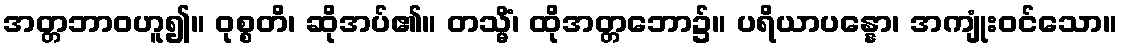
အတ္တဘာဝဟူ၍။ ဝုစ္စတိ၊ ဆိုအပ်၏။ တသ္မိံ၊ ထိုအတ္တဘော၌။ ပရိယာပန္နော၊ အကျုံးဝင်သော။